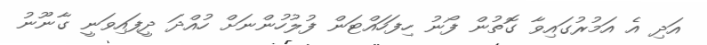
އަދި އެ އަމުރުގައިވާ ގޮތުން ފޯނު ހިފަހައްޓަން ފުލުހުންނަށް ހުއްދަ ދީފައިވަނީ ގާނޫނު